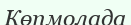
Көпмолада